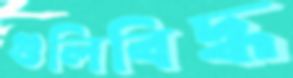
গুলিবিদ্ধ